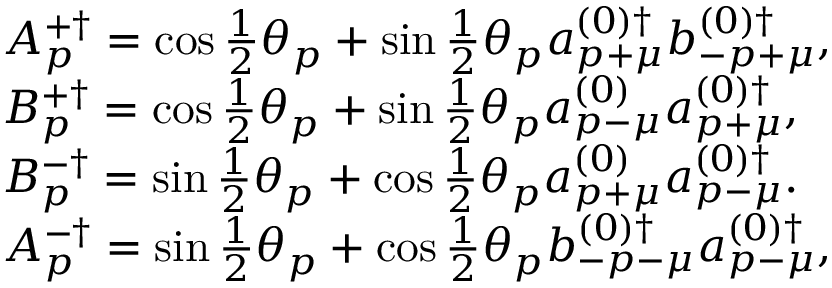
\begin{array} { l } { { A _ { p } ^ { + \dag } = \cos \frac 1 2 \theta _ { p } + \sin \frac 1 2 \theta _ { p } a _ { p + \mu } ^ { ( 0 ) \dag } b _ { - p + \mu } ^ { ( 0 ) \dag } , } } \\ { { B _ { p } ^ { + \dag } = \cos \frac 1 2 \theta _ { p } + \sin \frac 1 2 \theta _ { p } a _ { p - \mu } ^ { ( 0 ) } a _ { p + \mu } ^ { ( 0 ) \dag } , } } \\ { { B _ { p } ^ { - \dag } = \sin \frac 1 2 \theta _ { p } + \cos \frac 1 2 \theta _ { p } a _ { p + \mu } ^ { ( 0 ) } a _ { p - \mu } ^ { ( 0 ) \dag } . } } \\ { { A _ { p } ^ { - \dag } = \sin \frac 1 2 \theta _ { p } + \cos \frac 1 2 \theta _ { p } b _ { - p - \mu } ^ { ( 0 ) \dag } a _ { p - \mu } ^ { ( 0 ) \dag } , } } \end{array}